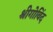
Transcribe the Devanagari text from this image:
श्रीगोविंद